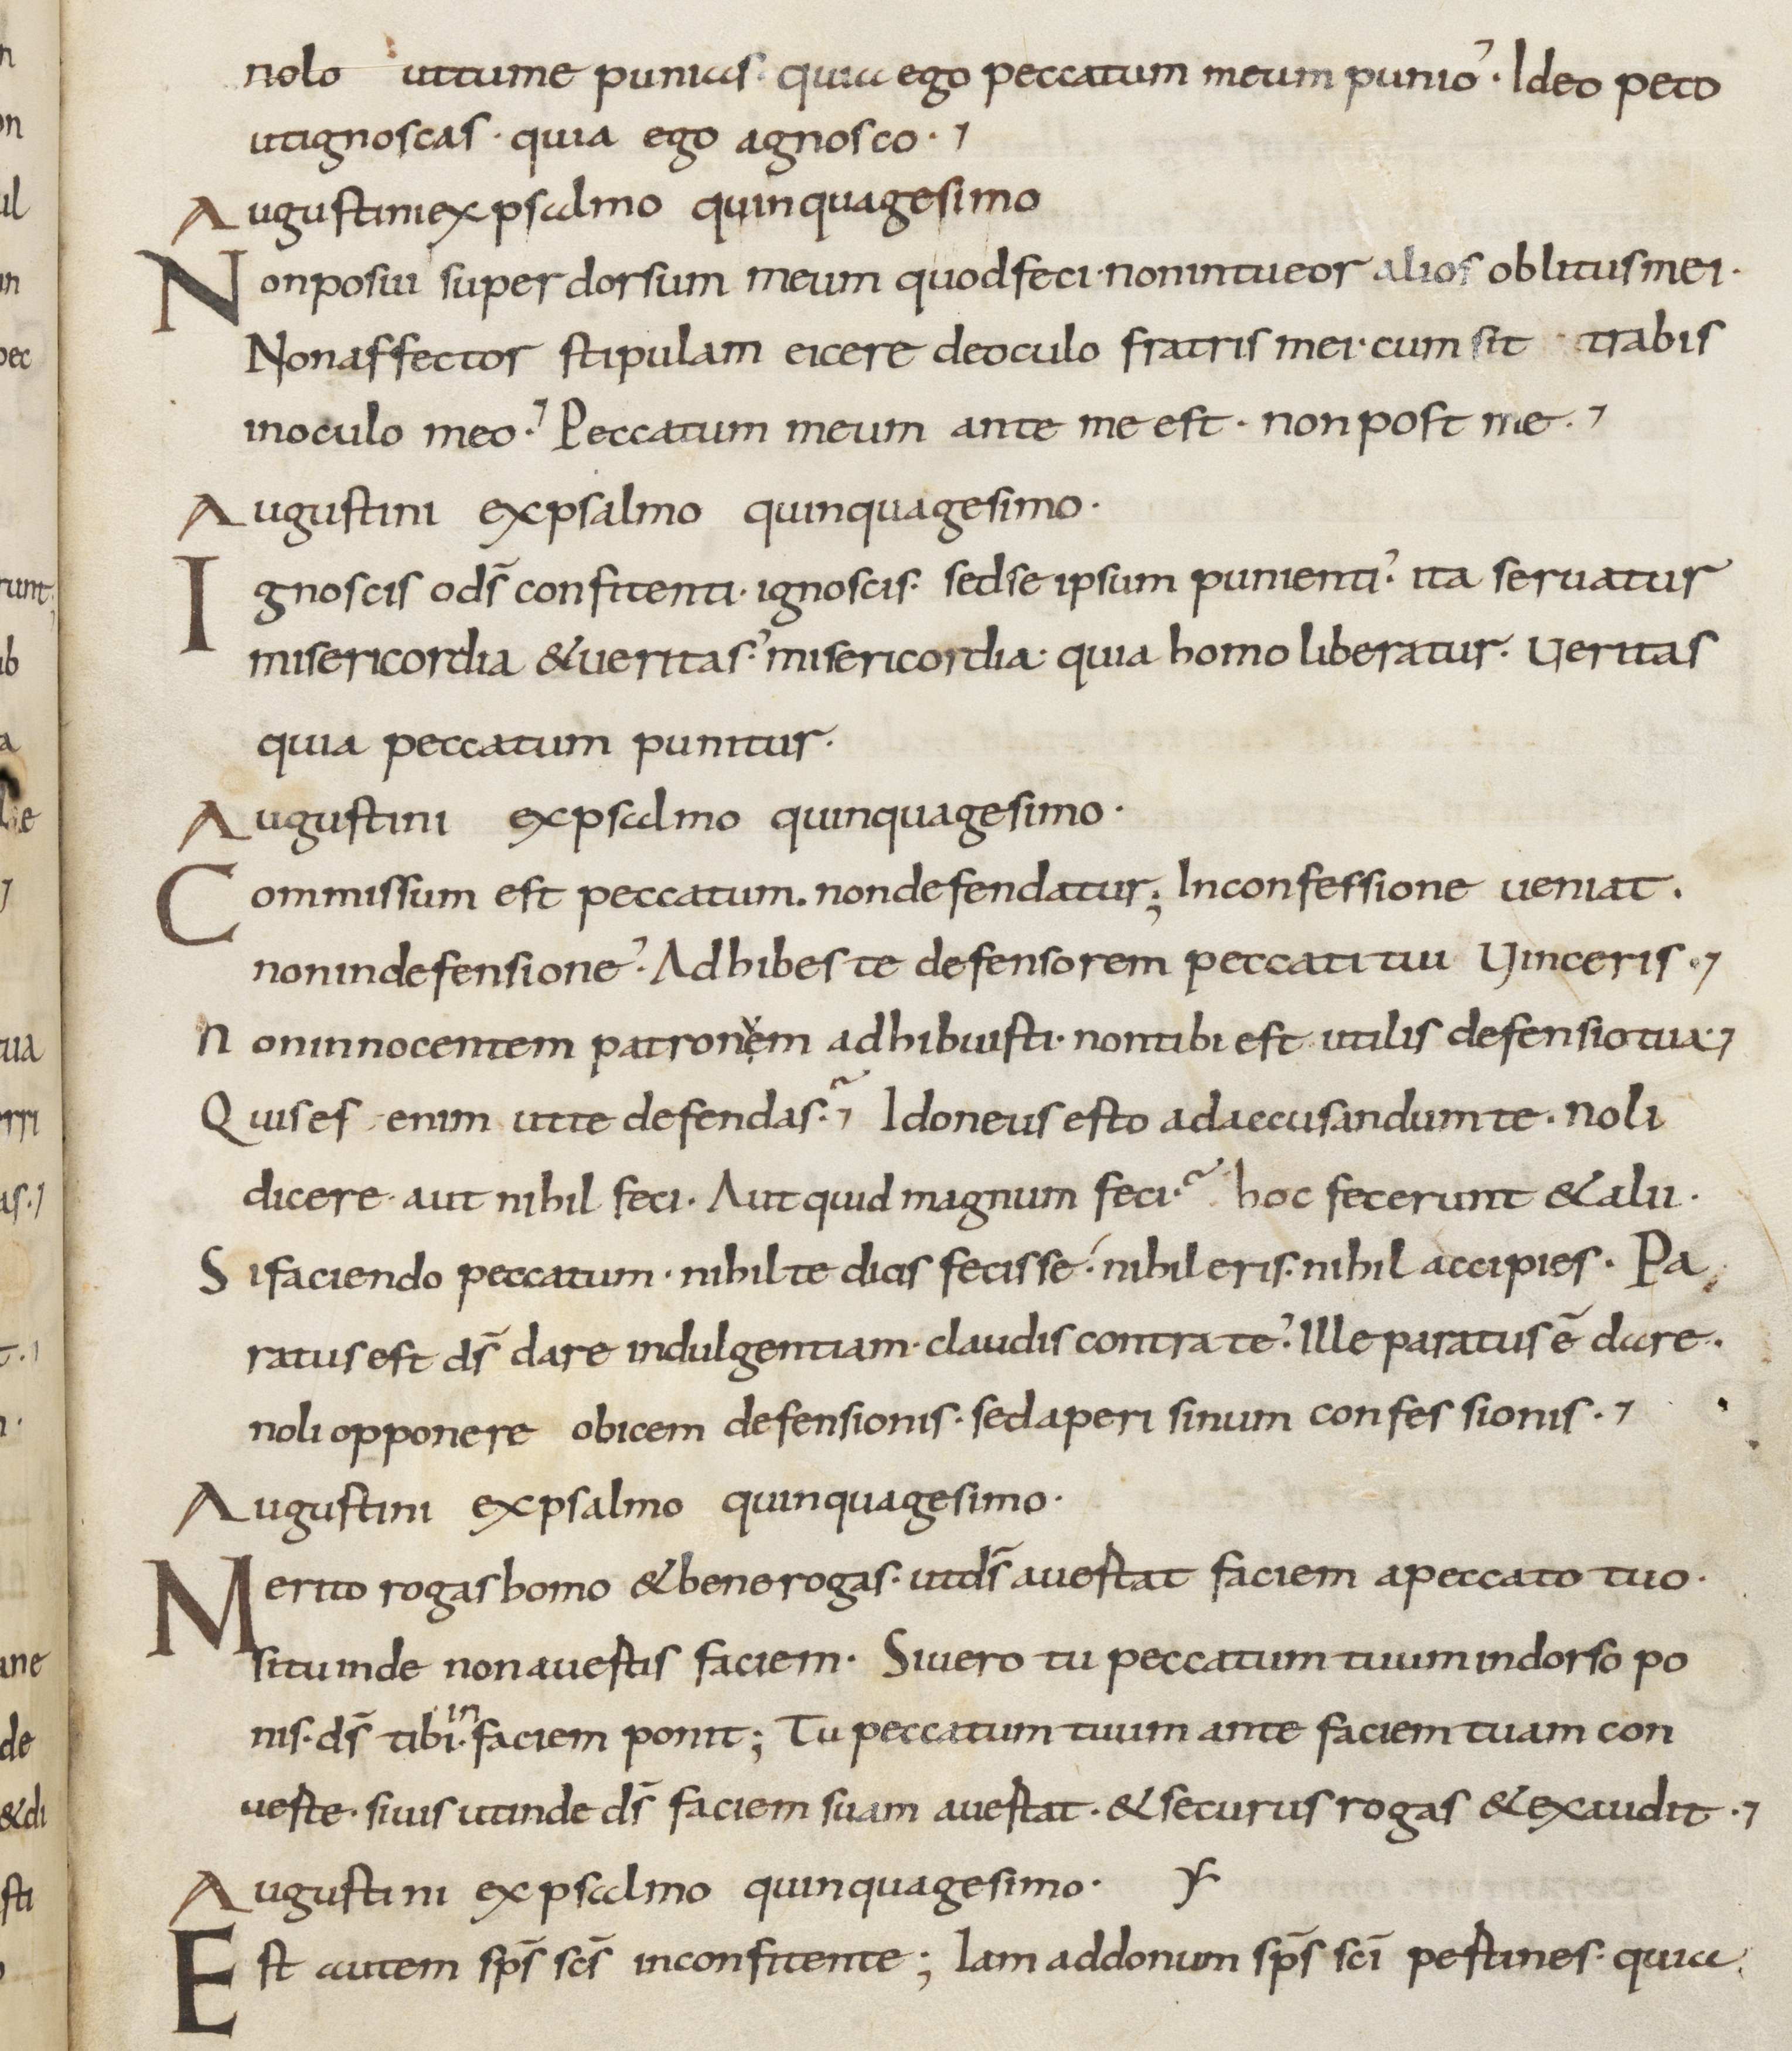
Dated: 800–899